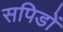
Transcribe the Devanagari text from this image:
सपिडों